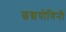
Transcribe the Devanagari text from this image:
छद्मयोगिनी